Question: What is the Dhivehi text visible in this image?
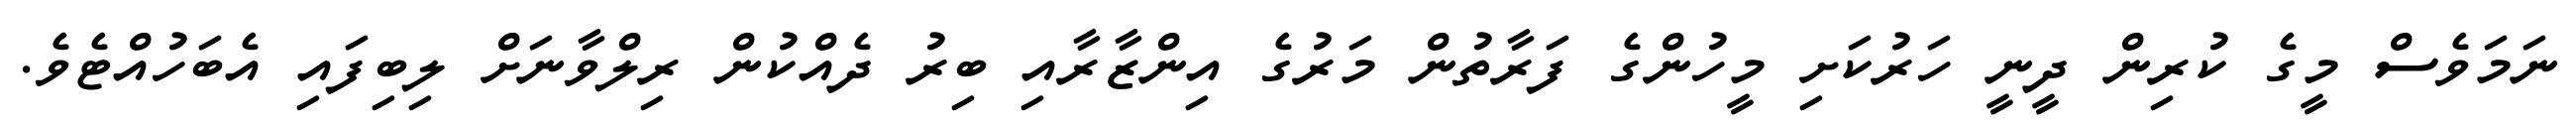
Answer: ނަމަވެސް މީގެ ކުރިން ދީނީ ހަރުކަށި މީހުންގެ ފަރާތުން މަރުގެ އިންޒާރާއި ބިރު ދެއްކުން ރިލްވާނަށް ލިބިފައި އެބަހުއްޓެވެ.